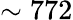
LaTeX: \sim 772